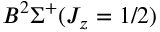
B ^ { 2 } \Sigma ^ { + } ( J _ { z } = 1 / 2 )